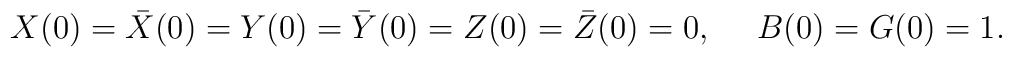
X(0)=\bar{X}(0)=Y(0)=\bar{Y}(0)=Z(0)=\bar{Z}(0)=0,~~~~ B(0)=G(0)=1.